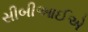
સીબીઆઈએ